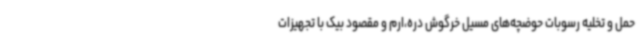
حمل و تخلیه رسوبات حوضچه‌های مسیل خرگوش دره،ارم و مقصود بیک با تجهیزات